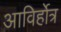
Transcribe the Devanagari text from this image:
आविर्होत्र